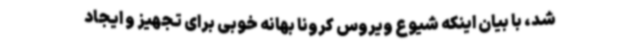
شد، با بیان اینکه شیوع ویروس کرونا بهانه خوبی برای تجهیز و ایجاد